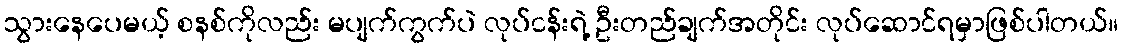
သွားနေပေမယ့် စနစ်ကိုလည်း မပျက်ကွက်ပဲ လုပ်ငန်းရဲ့ ဦးတည်ချက်အတိုင်း လုပ်ဆောင်ရမှာဖြစ်ပါတယ်။